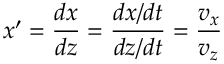
x ^ { \prime } = \frac { d x } { d z } = \frac { d x / d t } { d z / d t } = \frac { v _ { x } } { v _ { z } }